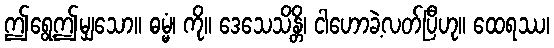
ဤရွေ့ဤမျှသော။ ဓမ္မံ၊ ကို။ ဒေသေသိန္တိ၊ ငါဟောခဲ့လတ်ပြီဟု။ ထေရဿ၊